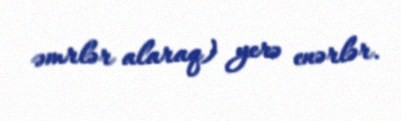
əmrlər alaraq) yerə enərlər.